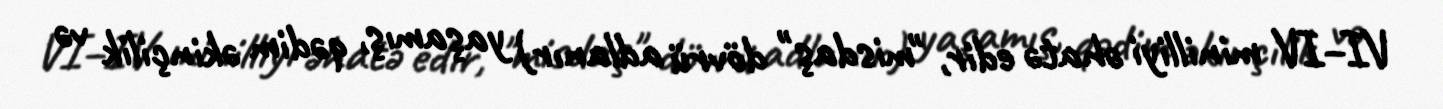
VI–IV minilliyi əhatə edir, "misdaş" dövrü adlanır) yaşamış, qədim əkinçilik və